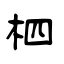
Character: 柶